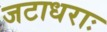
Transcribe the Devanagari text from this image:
जटाधराः